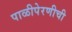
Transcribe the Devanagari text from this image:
पाळीपेरणीची